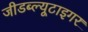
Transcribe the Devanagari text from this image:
जीडब्ल्यूटाइगर